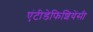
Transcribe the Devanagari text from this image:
एंटीडेफिशियेंसी